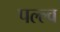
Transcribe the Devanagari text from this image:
पल्ल्व